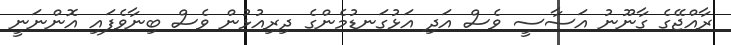
ރާއްޖޭގެ ގާނޫނު އަސާސީ ވެސް އަދި އަޅުގަނޑުމެންގެ ދިރިއުޅުން ވެސް ބިނާވެފައި އޮންނަނީ